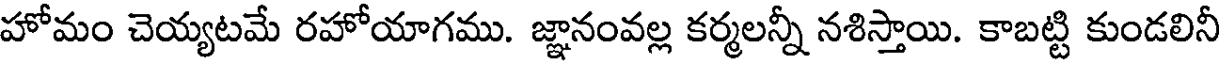
హోమం చెయ్యటమే రహోయాగము. జ్ఞానంవల్ల కర్మలన్నీ నశిస్తాయి. కాబట్టి కుండలినీ